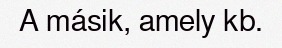
A másik, amely kb.